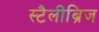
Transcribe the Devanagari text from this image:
स्टैलीब्रिज